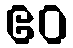
ဧဝ